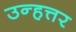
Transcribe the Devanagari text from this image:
उन्हत्तर